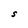
Character: S